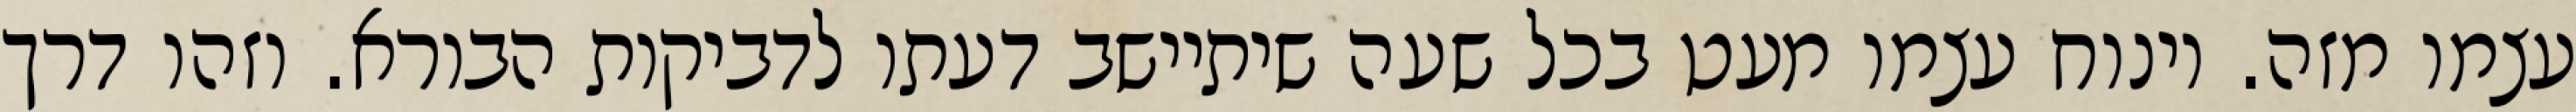
עצמו מזה. וינוח עצמו מעט בכל שעה שיתיישב דעתו לדביקות הבורא. וזהו דרך